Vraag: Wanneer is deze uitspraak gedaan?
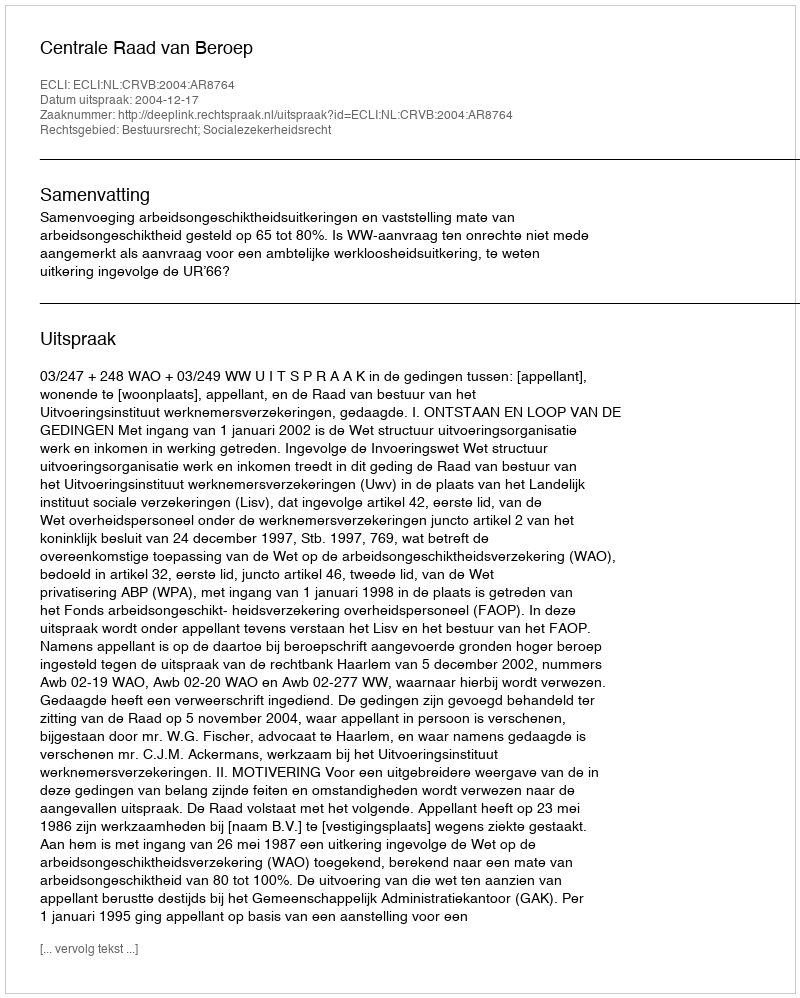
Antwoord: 2004-12-17